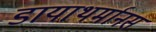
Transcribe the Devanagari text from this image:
डायाथर्मानस